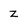
Character: Z